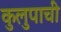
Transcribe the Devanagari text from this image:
कुलुपाची